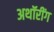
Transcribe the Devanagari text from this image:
अथॉरींग